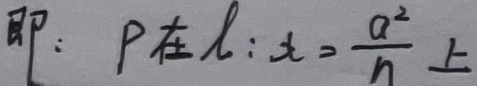
即：\(P\)在\(l:x = \frac{a^2}{n}\)上